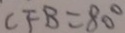
C F B = 8 0 ^ { \circ }